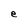
Character: e